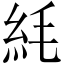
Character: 䋃